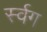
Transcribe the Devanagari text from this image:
र्स्वग